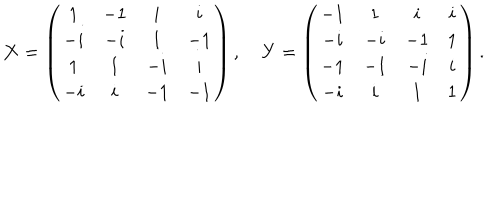
\mathbf { X } = \left( \begin{array} { c c c c } { { 1 } } & { { - 1 } } & { { i } } & { { i } } \\ { { - i } } & { { - i } } & { { 1 } } & { { - 1 } } \\ { { 1 } } & { { 1 } } & { { - i } } & { { i } } \\ { { - i } } & { { i } } & { { - 1 } } & { { - 1 } } \\ \end{array} \right) , \quad \mathbf { Y } = \left( \begin{array} { c c c c } { { - 1 } } & { { 1 } } & { { i } } & { { i } } \\ { { - i } } & { { - i } } & { { - 1 } } & { { 1 } } \\ { { - 1 } } & { { - 1 } } & { { - i } } & { { i } } \\ { { - i } } & { { i } } & { { 1 } } & { { 1 } } \\ \end{array} \right) .